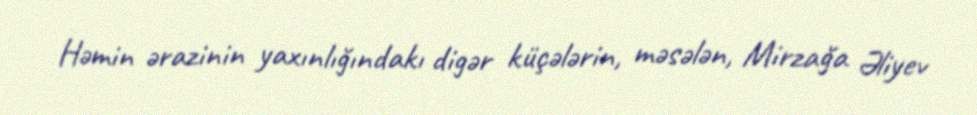
Həmin ərazinin yaxınlığındakı digər küçələrin, məsələn, Mirzağa Əliyev